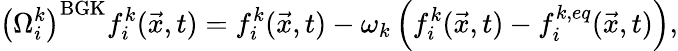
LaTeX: \left(\Omega_{i}^{k}\right)^{\mathrm{BGK}}f_{i}^{k}(\vec{x},t)=f_{i}^{k}(\vec{x},t)-\omega_{k}\left(f_{i}^{k}(\vec{x},t)-f_{i}^{k,eq}(\vec{x},t)\right),